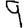
Digit: 9